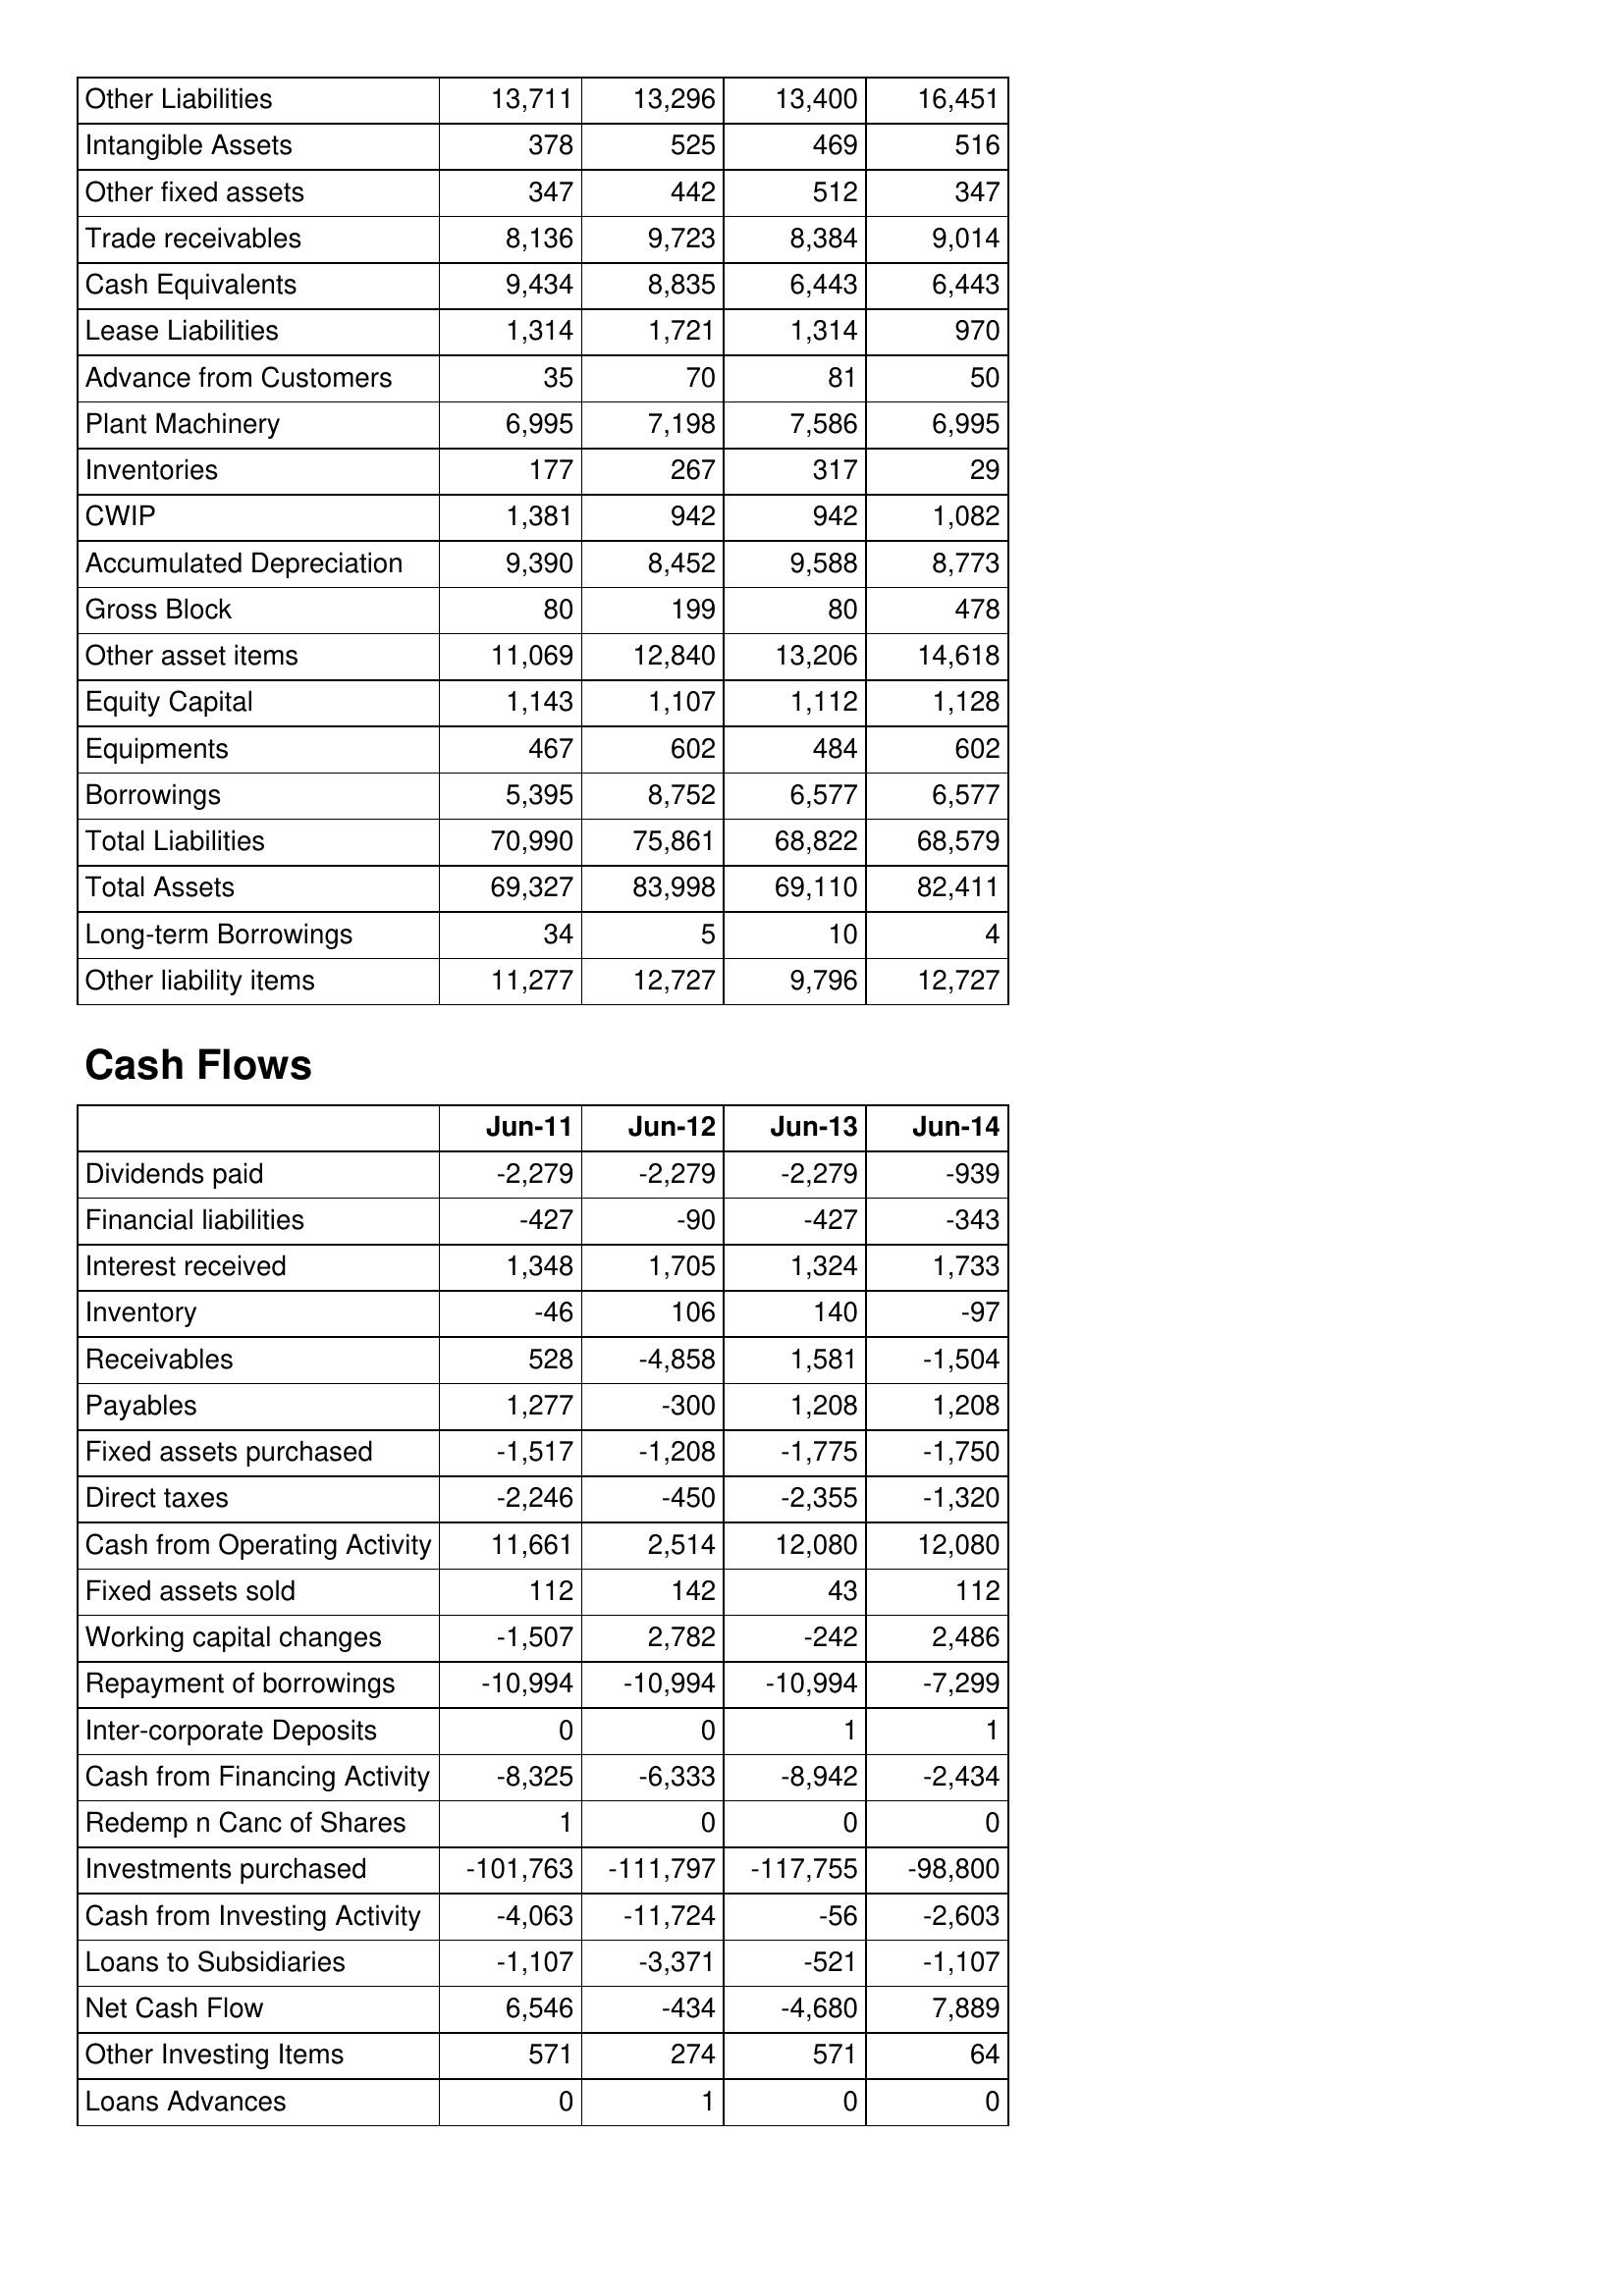
Jun-11: Balance Sheet: Other Liabilities: 13,711
Intangible Assets: 378
Other fixed assets: 347
Trade receivables: 8,136
Cash Equivalents: 9,434
Lease Liabilities: 1,314
Advance from Customers: 35
Plant Machinery: 6,995
Inventories: 177
CWIP: 1,381
Accumulated Depreciation: 9,390
Gross Block: 80
Other asset items: 11,069
Equity Capital: 1,143
Equipments: 467
Borrowings: 5,395
Total Liabilities: 70,990
Total Assets: 69,327
Long-term Borrowings: 34
Other liability items: 11,277
Cash Flows: Dividends paid: -2,279
Financial liabilities: -427
Interest received: 1,348
Inventory: -46
Receivables: 528
Payables: 1,277
Fixed assets purchased: -1,517
Direct taxes: -2,246
Cash from Operating Activity: 11,661
Fixed assets sold: 112
Working capital changes: -1,507
Repayment of borrowings: -10,994
Inter-corporate Deposits: 0
Cash from Financing Activity: -8,325
Redemp n Canc of Shares: 1
Investments purchased: -101,763
Cash from Investing Activity: -4,063
Loans to Subsidiaries: -1,107
Net Cash Flow: 6,546
Other Investing Items: 571
Loans Advances: 0
Jun-12: Balance Sheet: Other Liabilities: 13,296
Intangible Assets: 525
Other fixed assets: 442
Trade receivables: 9,723
Cash Equivalents: 8,835
Lease Liabilities: 1,721
Advance from Customers: 70
Plant Machinery: 7,198
Inventories: 267
CWIP: 942
Accumulated Depreciation: 8,452
Gross Block: 199
Other asset items: 12,840
Equity Capital: 1,107
Equipments: 602
Borrowings: 8,752
Total Liabilities: 75,861
Total Assets: 83,998
Long-term Borrowings: 5
Other liability items: 12,727
Cash Flows: Dividends paid: -2,279
Financial liabilities: -90
Interest received: 1,705
Inventory: 106
Receivables: -4,858
Payables: -300
Fixed assets purchased: -1,208
Direct taxes: -450
Cash from Operating Activity: 2,514
Fixed assets sold: 142
Working capital changes: 2,782
Repayment of borrowings: -10,994
Inter-corporate Deposits: 0
Cash from Financing Activity: -6,333
Redemp n Canc of Shares: 0
Investments purchased: -111,797
Cash from Investing Activity: -11,724
Loans to Subsidiaries: -3,371
Net Cash Flow: -434
Other Investing Items: 274
Loans Advances: 1
Jun-13: Balance Sheet: Other Liabilities: 13,400
Intangible Assets: 469
Other fixed assets: 512
Trade receivables: 8,384
Cash Equivalents: 6,443
Lease Liabilities: 1,314
Advance from Customers: 81
Plant Machinery: 7,586
Inventories: 317
CWIP: 942
Accumulated Depreciation: 9,588
Gross Block: 80
Other asset items: 13,206
Equity Capital: 1,112
Equipments: 484
Borrowings: 6,577
Total Liabilities: 68,822
Total Assets: 69,110
Long-term Borrowings: 10
Other liability items: 9,796
Cash Flows: Dividends paid: -2,279
Financial liabilities: -427
Interest received: 1,324
Inventory: 140
Receivables: 1,581
Payables: 1,208
Fixed assets purchased: -1,775
Direct taxes: -2,355
Cash from Operating Activity: 12,080
Fixed assets sold: 43
Working capital changes: -242
Repayment of borrowings: -10,994
Inter-corporate Deposits: 1
Cash from Financing Activity: -8,942
Redemp n Canc of Shares: 0
Investments purchased: -117,755
Cash from Investing Activity: -56
Loans to Subsidiaries: -521
Net Cash Flow: -4,680
Other Investing Items: 571
Loans Advances: 0
Jun-14: Balance Sheet: Other Liabilities: 16,451
Intangible Assets: 516
Other fixed assets: 347
Trade receivables: 9,014
Cash Equivalents: 6,443
Lease Liabilities: 970
Advance from Customers: 50
Plant Machinery: 6,995
Inventories: 29
CWIP: 1,082
Accumulated Depreciation: 8,773
Gross Block: 478
Other asset items: 14,618
Equity Capital: 1,128
Equipments: 602
Borrowings: 6,577
Total Liabilities: 68,579
Total Assets: 82,411
Long-term Borrowings: 4
Other liability items: 12,727
Cash Flows: Dividends paid: -939
Financial liabilities: -343
Interest received: 1,733
Inventory: -97
Receivables: -1,504
Payables: 1,208
Fixed assets purchased: -1,750
Direct taxes: -1,320
Cash from Operating Activity: 12,080
Fixed assets sold: 112
Working capital changes: 2,486
Repayment of borrowings: -7,299
Inter-corporate Deposits: 1
Cash from Financing Activity: -2,434
Redemp n Canc of Shares: 0
Investments purchased: -98,800
Cash from Investing Activity: -2,603
Loans to Subsidiaries: -1,107
Net Cash Flow: 7,889
Other Investing Items: 64
Loans Advances: 0